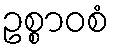
ဥစ္စာဝစံ